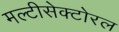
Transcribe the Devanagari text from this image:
मल्टीसेक्टोरल